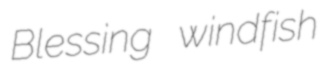
Blessing windfish